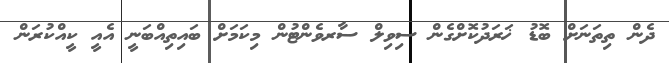
ދެން ތިތަނަށް ބޮޑު ޚަރަދުކޮށްގެން ސިވިލް ސާރވެންޓުން މިކަމަށް ބައިިތިއްބަނީ އެއީ ކީއްކުރަން